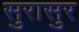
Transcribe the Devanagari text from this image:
सुरासुर